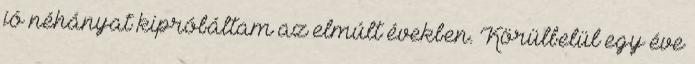
jó néhányat kipróbáltam az elmúlt években. Körülbelül egy éve